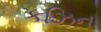
કઝિન